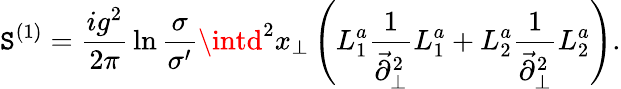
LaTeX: \mathtt{S}^{(1)}={\frac{{ig^{2}}}{{2\pi}}}\ln{\frac{{\sigma}}{{\sigma^{\prime}}}}\intd^{2}x_{\perp}\left(L_{1}^{a}{\frac{{1}}{{\vec{{\partial}}_{\perp}^{2}}}}L_{1}^{a}+L_{2}^{a}{\frac{{1}}{{\vec{{\partial}}_{\perp}^{2}}}}L_{2}^{a}\right).